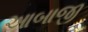
આબાજી